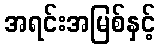
အရင်းအမြစ်နှင့်